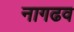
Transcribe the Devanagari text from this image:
नागढव